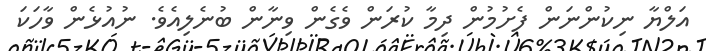
އަލްޔާ ނިކުންނަން ފެށުމުން ދިމާ ކުރަން ވެގެން ވިނާން ބުނެލިއެވެ. ނުއުޅެން ވާހަކަ